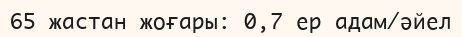
65 жастан жоғары: 0,7 ер адам/әйел